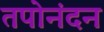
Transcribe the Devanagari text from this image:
तपोनंदन